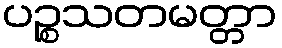
ပဉ္စသတမတ္တာ